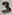
Text: 3